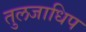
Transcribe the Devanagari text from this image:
तुलजाधिप